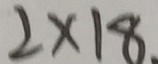
2 \times 1 8 .